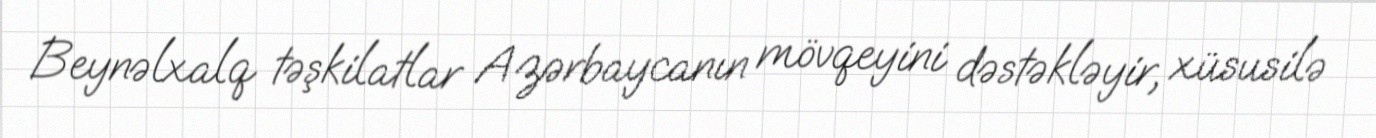
Beynəlxalq təşkilatlar Azərbaycanın mövqeyini dəstəkləyir, xüsusilə